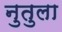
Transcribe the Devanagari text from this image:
नुतुला